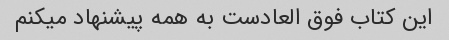
این کتاب فوق العادست به همه پیشنهاد میکنم